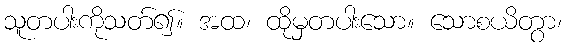
သူတပါးကိုသတ်၍။ အထ၊ ထိုမှတပါးသော။ သောစယိတွာ၊